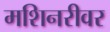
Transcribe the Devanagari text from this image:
मशिनरीवर